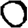
Digit: 0